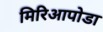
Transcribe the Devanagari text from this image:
मिरिआपोडा